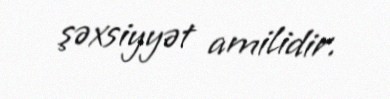
şəxsiyyət amilidir.